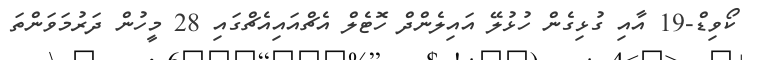
ކޯވިޑް-19 އާއި ގުޅިގެން ހުޅުލޭ އައިލެންދް ހޮޓެލް އެޗްއައިއެޗްގައި 28 މީހުން ދަރުމަވަންތަ